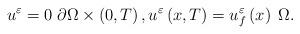
LaTeX: \begin{align*}u^{\varepsilon}=0\;\partial\Omega\times\left(0,T\right),u^{\varepsilon}\left(x,T\right)=u_{f}^{\varepsilon}\left(x\right)\;\Omega.\end{align*}